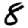
Digit: 8